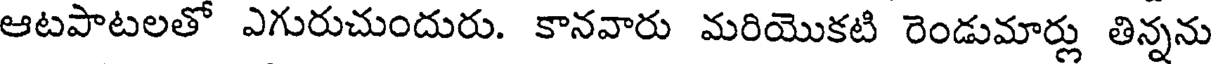
ఆటపాటలతో ఎగురుచుందురు. కానవారు మరియొకటి రెండుమార్లు తిన్నను